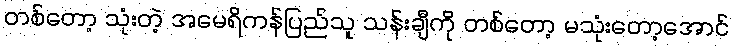
တစ်တော့ သုံးတဲ့ အမေရိကန်ပြည်သူ သန်းချီကို တစ်တော့ မသုံးတော့အောင်